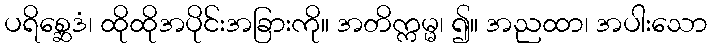
ပရိစ္ဆေဒံ၊ ထိုထိုအပိုင်းအခြားကို။ အတိက္ကမ္မ၊ ၍။ အညထာ၊ အပါးသော